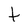
Character: t